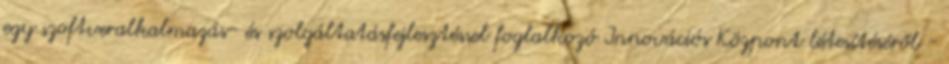
egy szoftveralkalmazás- és szolgáltatásfejlesztéssel foglalkozó Innovációs Központ létesítéséről -